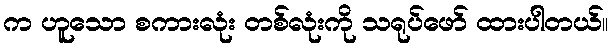
က ဟူသော စကားလုံး တစ်လုံးကို သရုပ်ဖော် ထားပါတယ်။